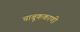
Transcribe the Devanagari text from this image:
चाबूककाणी